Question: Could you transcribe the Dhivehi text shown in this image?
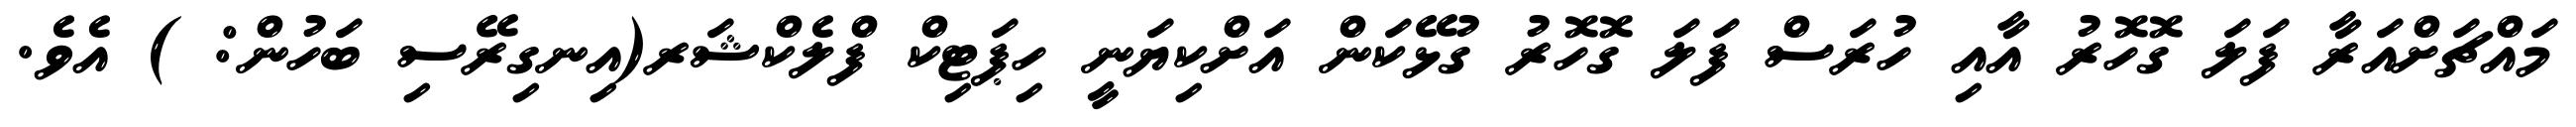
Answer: މައްޗަށްއަރާ ފަލަ ގޮހޮރު އާއި ހުރަސް ފަލަ ގޮހޮރު ގުޅޭކަން އަށްކިޔަނީ ހިޕަޓިކް ފްލެކްޝަރ(އިނގިރޭސި ބަހުން: ) އެވެ.